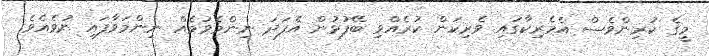
މީގެ ކުރިންވެސް އެމެރިކާގައި ވެރިކަން ކުރެއްވި ބޭފުޅުން އެފަދަ ނިންމެވުމެއް ނިންމަވާފައި ނުވެއެވެ.